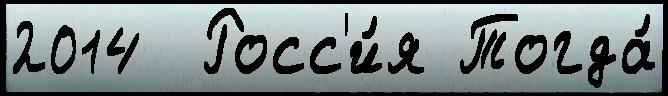
2014  Росс'и́я Тогда́